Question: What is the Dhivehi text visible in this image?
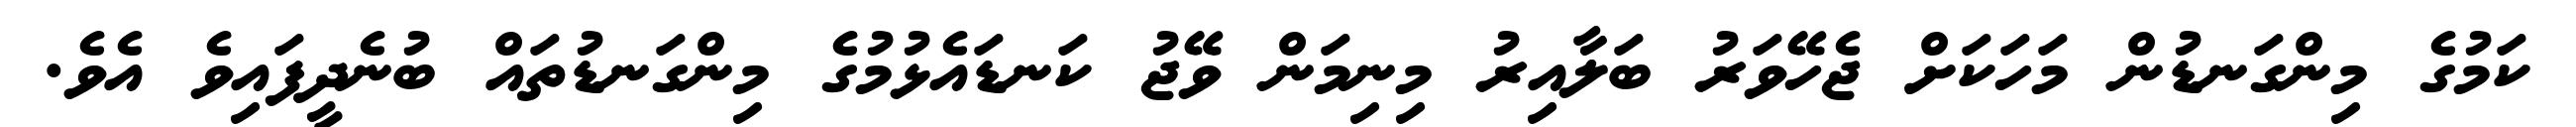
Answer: ކަމުގެ މިންގަނޑުން މަހަކަށް ޖެހޭވަރު ބަލާއިރު މިނިމަން ވޭޖު ކަނޑައެޅުމުގެ މިންގަނޑުތައް ބުނެދީފައިވެ އެވެ.